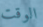
الوقت